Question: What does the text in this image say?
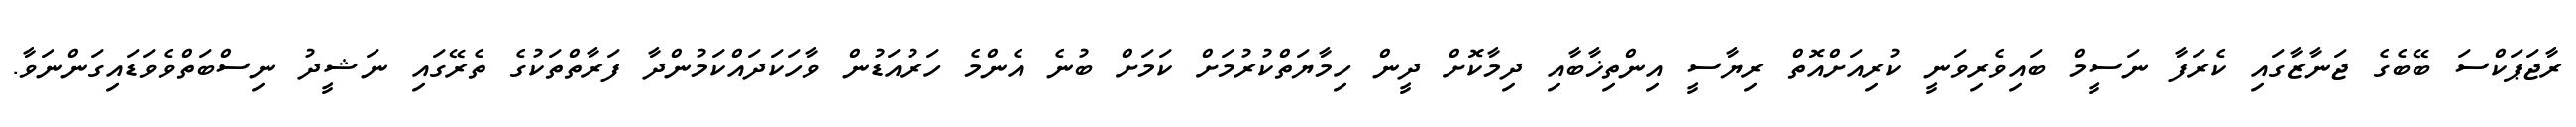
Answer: ރާޖަޕަކްސަ ބޭބެގެ ޖަނާޒާގައި ކެރަފާ ނަސީމް ބައިވެރިވަނީ ކުރިއަށްއޮތް ރިޔާސީ އިންތިޚާބާއި ދިމާކޮށް ދީން ހިމާޔަތްކުރުމަށް ކަމަށް ބުނެ އެންމެ ހަރުއަޑުން ވާހަކަދައްކަމުންދާ ފަރާތްތަކުގެ ތެރޭގައި ނަޝީދު ނިސްބަތްވެވަޑައިގަންނަވާ.